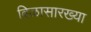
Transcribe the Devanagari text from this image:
बिळासारख्या